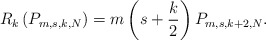
\begin{align*}R_k\left(P_{m,s,k,N}\right)=m\left(s+\frac k2\right)P_{m,s,k+2,N}.\end{align*}